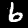
Label: 6